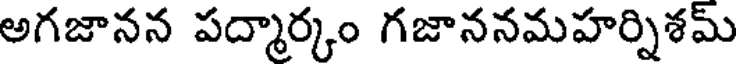
అగజానన పద్మార్కం గజాననమహర్నిశమ్